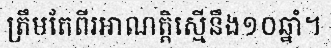
ត្រឹមតែពីរអាណត្តិស្មើនឹង១០ឆ្នាំ។